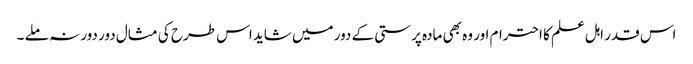
اس قدر اہل علم کا احترام اور وہ بھی مادہ پرستی کے دور میں شاید اس طرح کی مثال دور دور نہ ملے ۔